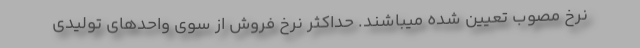
نرخ مصوب تعیین شده میباشند. حداکثر نرخ فروش از سوی واحدهای تولیدی